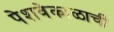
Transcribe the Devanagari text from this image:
पेशवेकाळाची